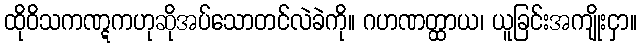
ထိုဝိသကဏ္ဋကဟုဆိုအပ်သောတင်လဲခဲကို။ ဂဟဏတ္ထာယ၊ ယူခြင်းအကျိုးငှာ။